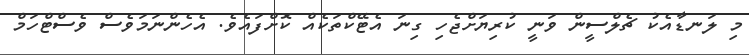
މި ލަނޑާއެކު ޗެލްސީން ވަނީ ކުރިޔަށްޖެހި ގިނަ އެޓޭކްތަކެއް ކޮށްފައެވެ. އެހެންނަމަވެސް ވެސްޓްހަމް